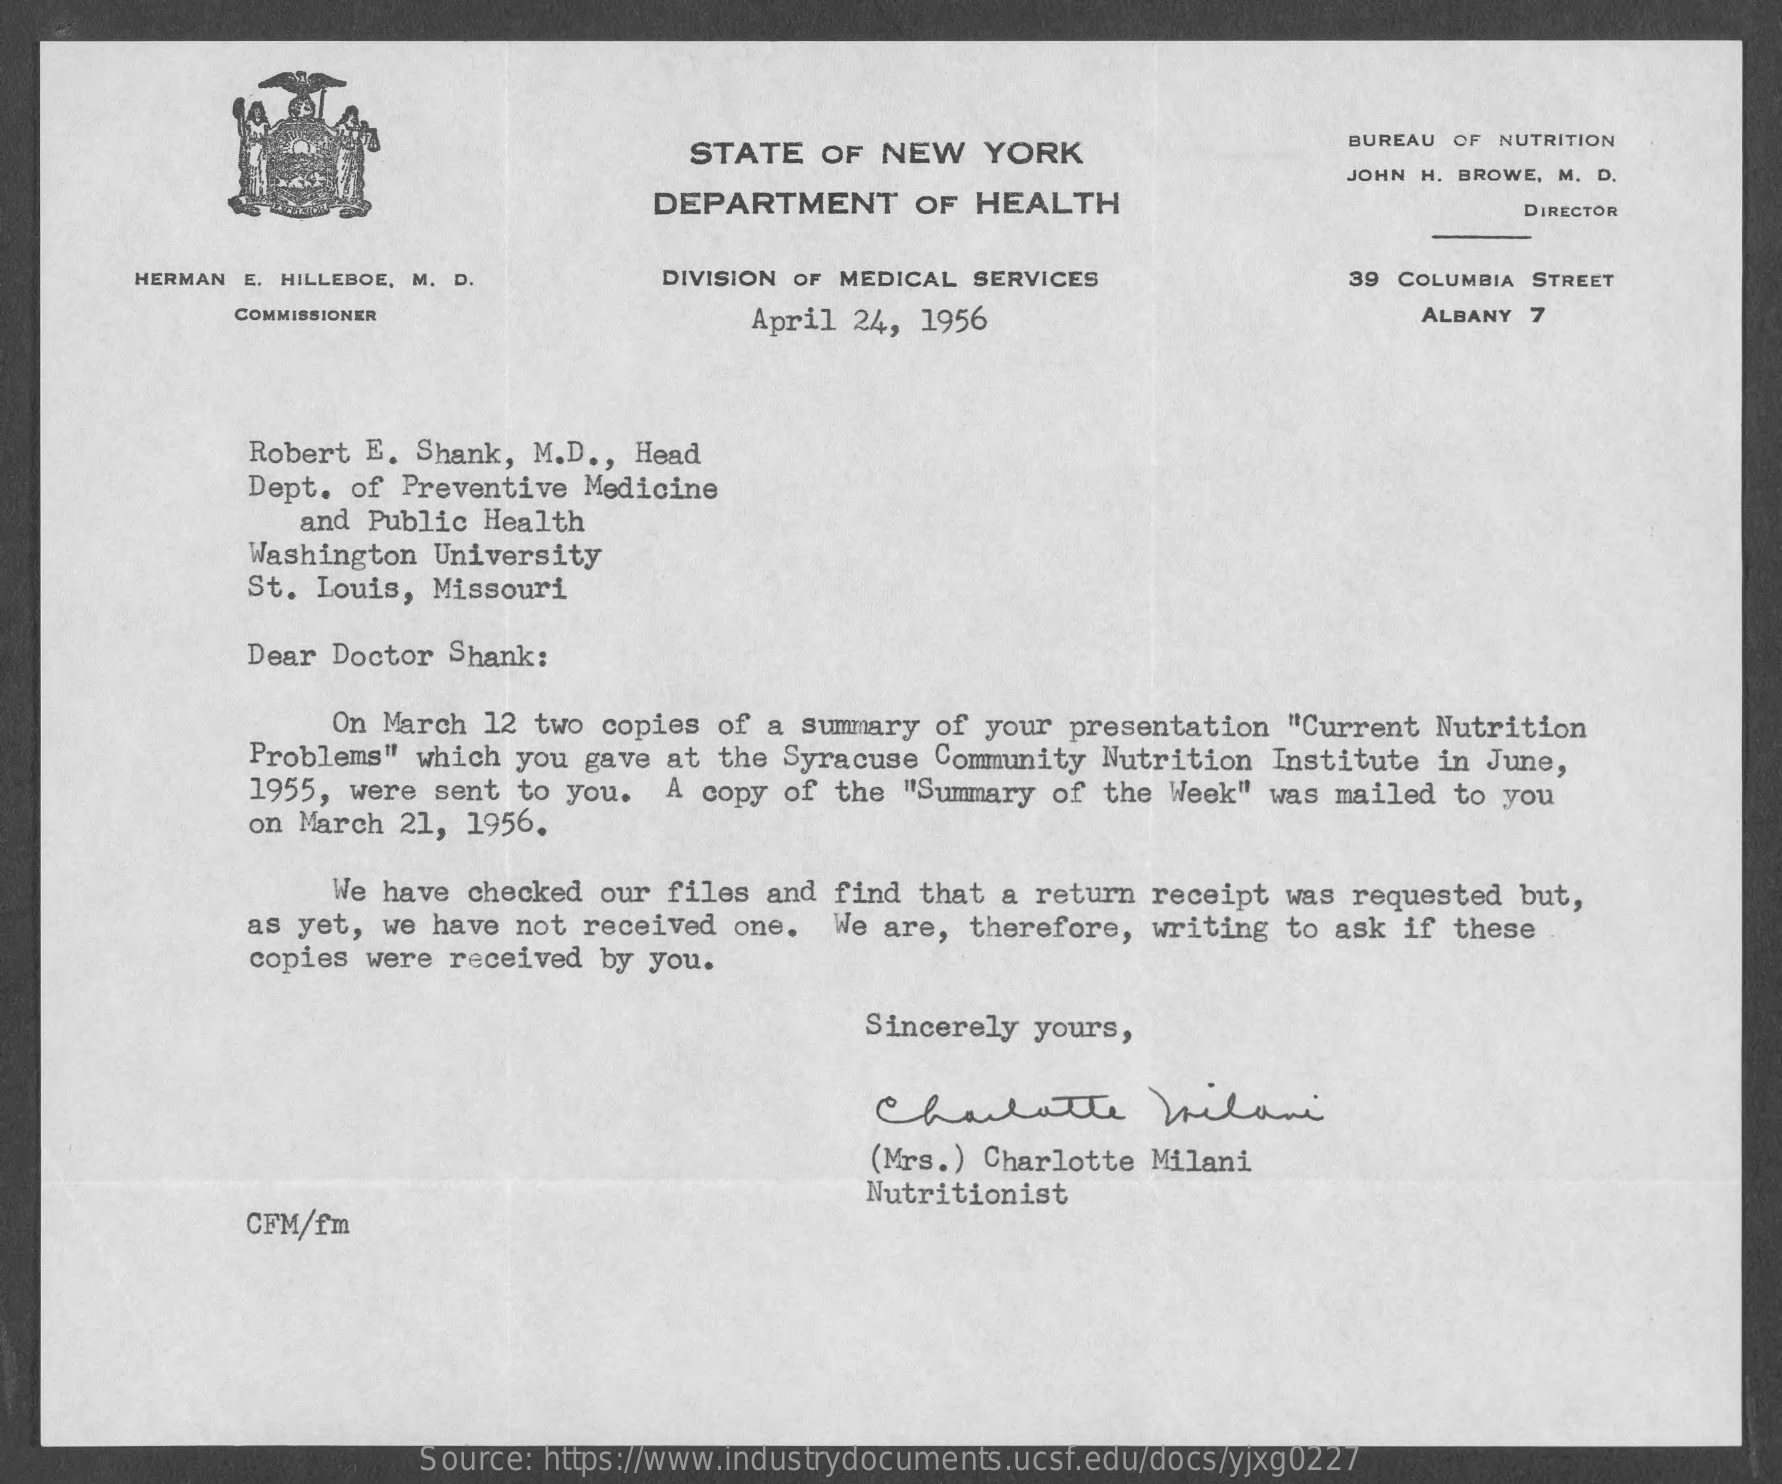
STATE OF NEW   YORK
     BUREAU OF NUTRITION
     JOHN H. BROWE, M. D.
     DEPARTMENT   OF HEALTH    DIRECTOR
     HERMAN E. HILLEBOE, M. D.  DIVISION OF MEDICAL SERVICES    39 COLUMBIA STREET
     COMMISSIONER    April 24, 1956    ALBANY 7
     Robert E. Shank, M.D ., Head
     Dept. of Preventive Medicine
     and Public Health
     Washington University
     St. Louis, Missouri
     Dear Doctor Shank:
     On March 12 two copies of a summary of your presentation "Current Nutrition
     Problems" which you gave at the Syracuse Community Nutrition Institute in June,
     1955, were sent to you. A copy of the "Summary of the Week" was mailed to you
     on March 21, 1956.
     We have checked our files and find that a return receipt was requested but,
     as yet, we have not received one. We are, therefore, writing to ask if these
     copies were received by you.
     Sincerely yours,
     Charlotte    Milan
     (Mrs.) Charlotte Milani
     Nutritionist
     CFM/fm
     Source: https://www.industrydocuments.ucsf.edu/docs/yjxg0227